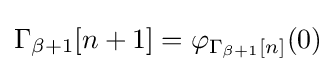
\Gamma _{\beta +1}[n+1]=\varphi _{\Gamma _{\beta +1}[n]}(0)